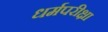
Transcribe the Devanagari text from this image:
धर्मपरीक्षा